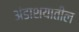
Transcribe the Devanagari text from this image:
अंडाशयातील